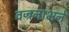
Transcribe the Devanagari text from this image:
वज्रनाभने